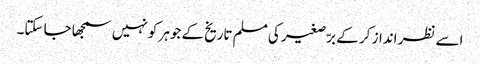
اسے نظر انداز کر کے برّصغیر کی مسلم تاریخ کے جوہر کو نہیں سمجھا جا سکتا۔